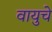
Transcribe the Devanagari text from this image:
वायुचे